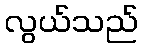
လွယ်သည်